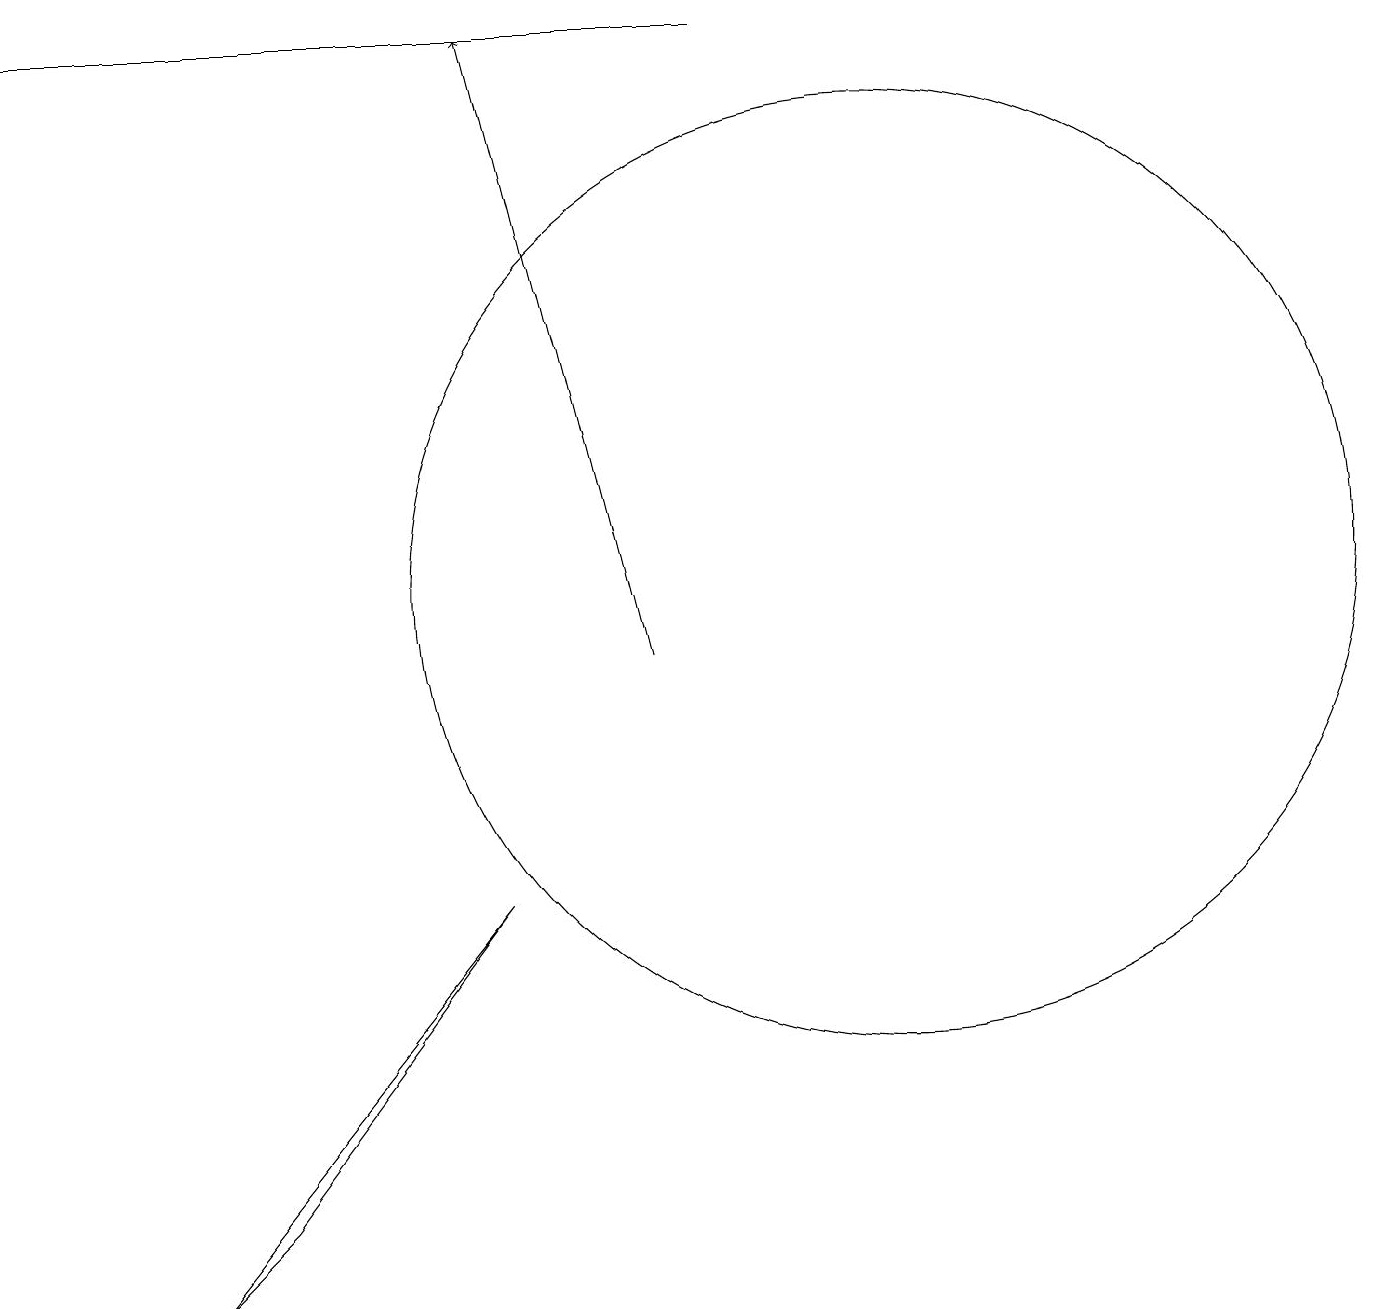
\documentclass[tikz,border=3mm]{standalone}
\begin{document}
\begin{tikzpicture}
\draw (6,7) -- (3,3) -- (2,2) -- cycle;
\draw[->] (8,10) -- (6,18);
\draw (0,18) rectangle (9,18);
\draw (11,11) circle (6);
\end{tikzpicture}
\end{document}